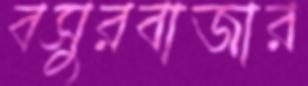
বসুরবাজার